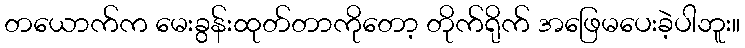
တယောက်က မေးခွန်းထုတ်တာကိုတော့ တိုက်ရိုက် အဖြေမပေးခဲ့ပါဘူး။